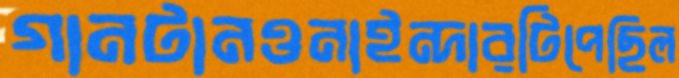
গানটানওনাইন্দারটিপেছিল